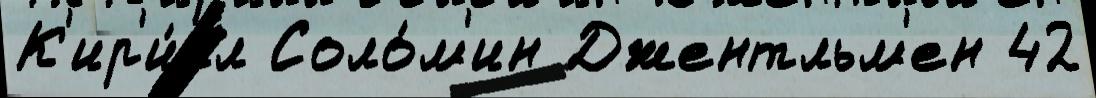
К'ир'и́лл Соло́м'ин Джентльм'ен 42